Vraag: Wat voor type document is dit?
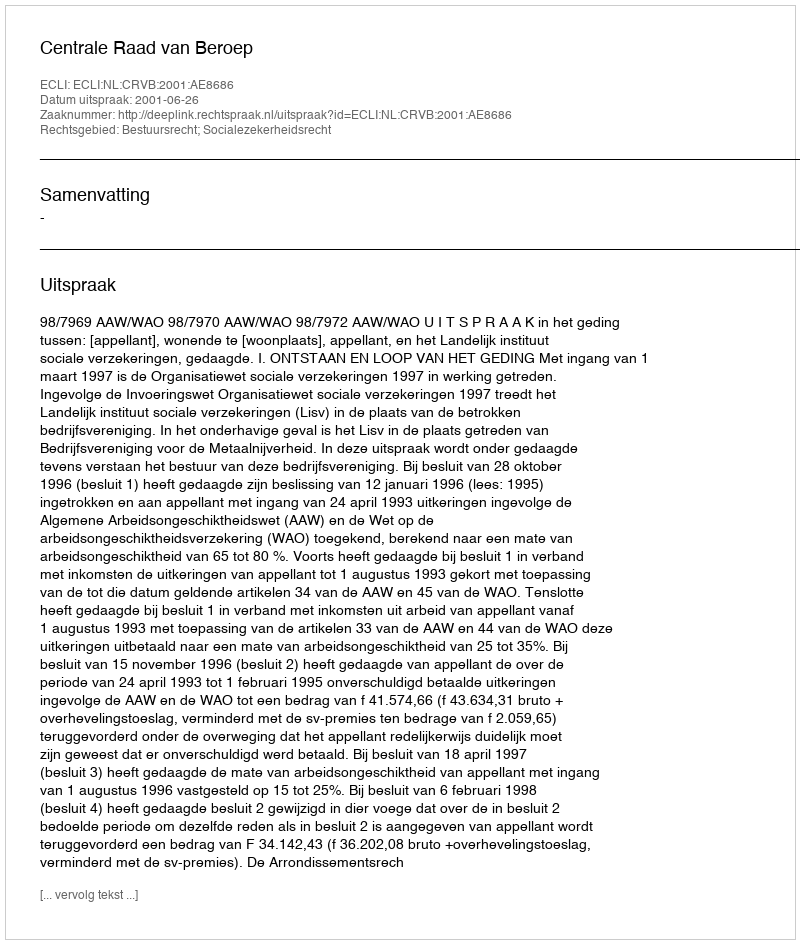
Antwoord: Uitspraak